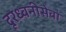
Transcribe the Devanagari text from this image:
दूरध्वनीसेवा